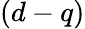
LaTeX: (d-q)